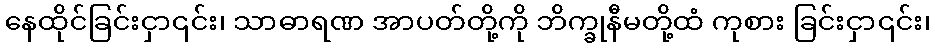
နေထိုင်ခြင်းငှာ၎င်း၊ သာဓာရဏ အာပတ်တို့ကို ဘိက္ခုနီမတို့ထံ ကုစား ခြင်းငှာ၎င်း၊